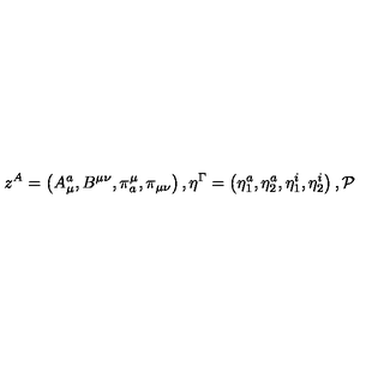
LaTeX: z ^ { A } = \left( A _ { \mu } ^ { a } , B ^ { \mu \nu } , \pi _ { a } ^ { \mu } , \pi _ { \mu \nu } \right) , \eta ^ { \Gamma } = \left( \eta _ { 1 } ^ { a } , \eta _ { 2 } ^ { a } , \eta _ { 1 } ^ { i } , \eta _ { 2 } ^ { i } \right) , { \cal P }